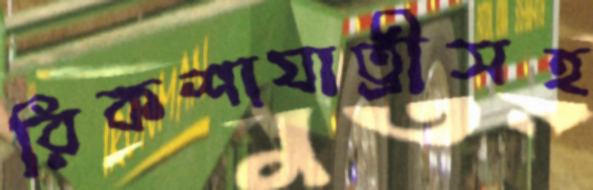
রিকশাযাত্রীসহ